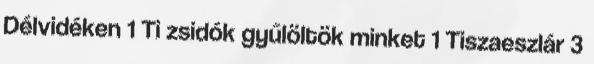
Délvidéken 1 Ti zsidók gyűlöltök minket 1 Tiszaeszlár 3